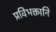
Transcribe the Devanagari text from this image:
प्रविभक्तानि